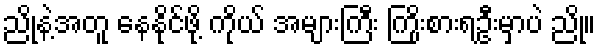
ညိုနဲ့အတူ နေနိုင်ဖို့ ကိုယ် အများကြီး ကြိုးစားရဦးမှာပဲ ညို။